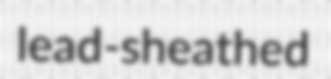
lead-sheathed